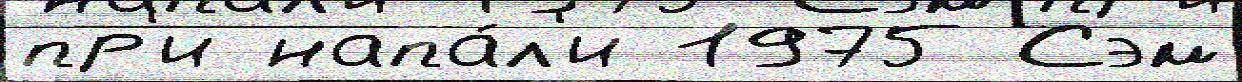
пр'и напа́л'и 1975 Сэм